65_HS1-834228961_62-HQ-83894_Serial_164
Agency: FBI
Page 87
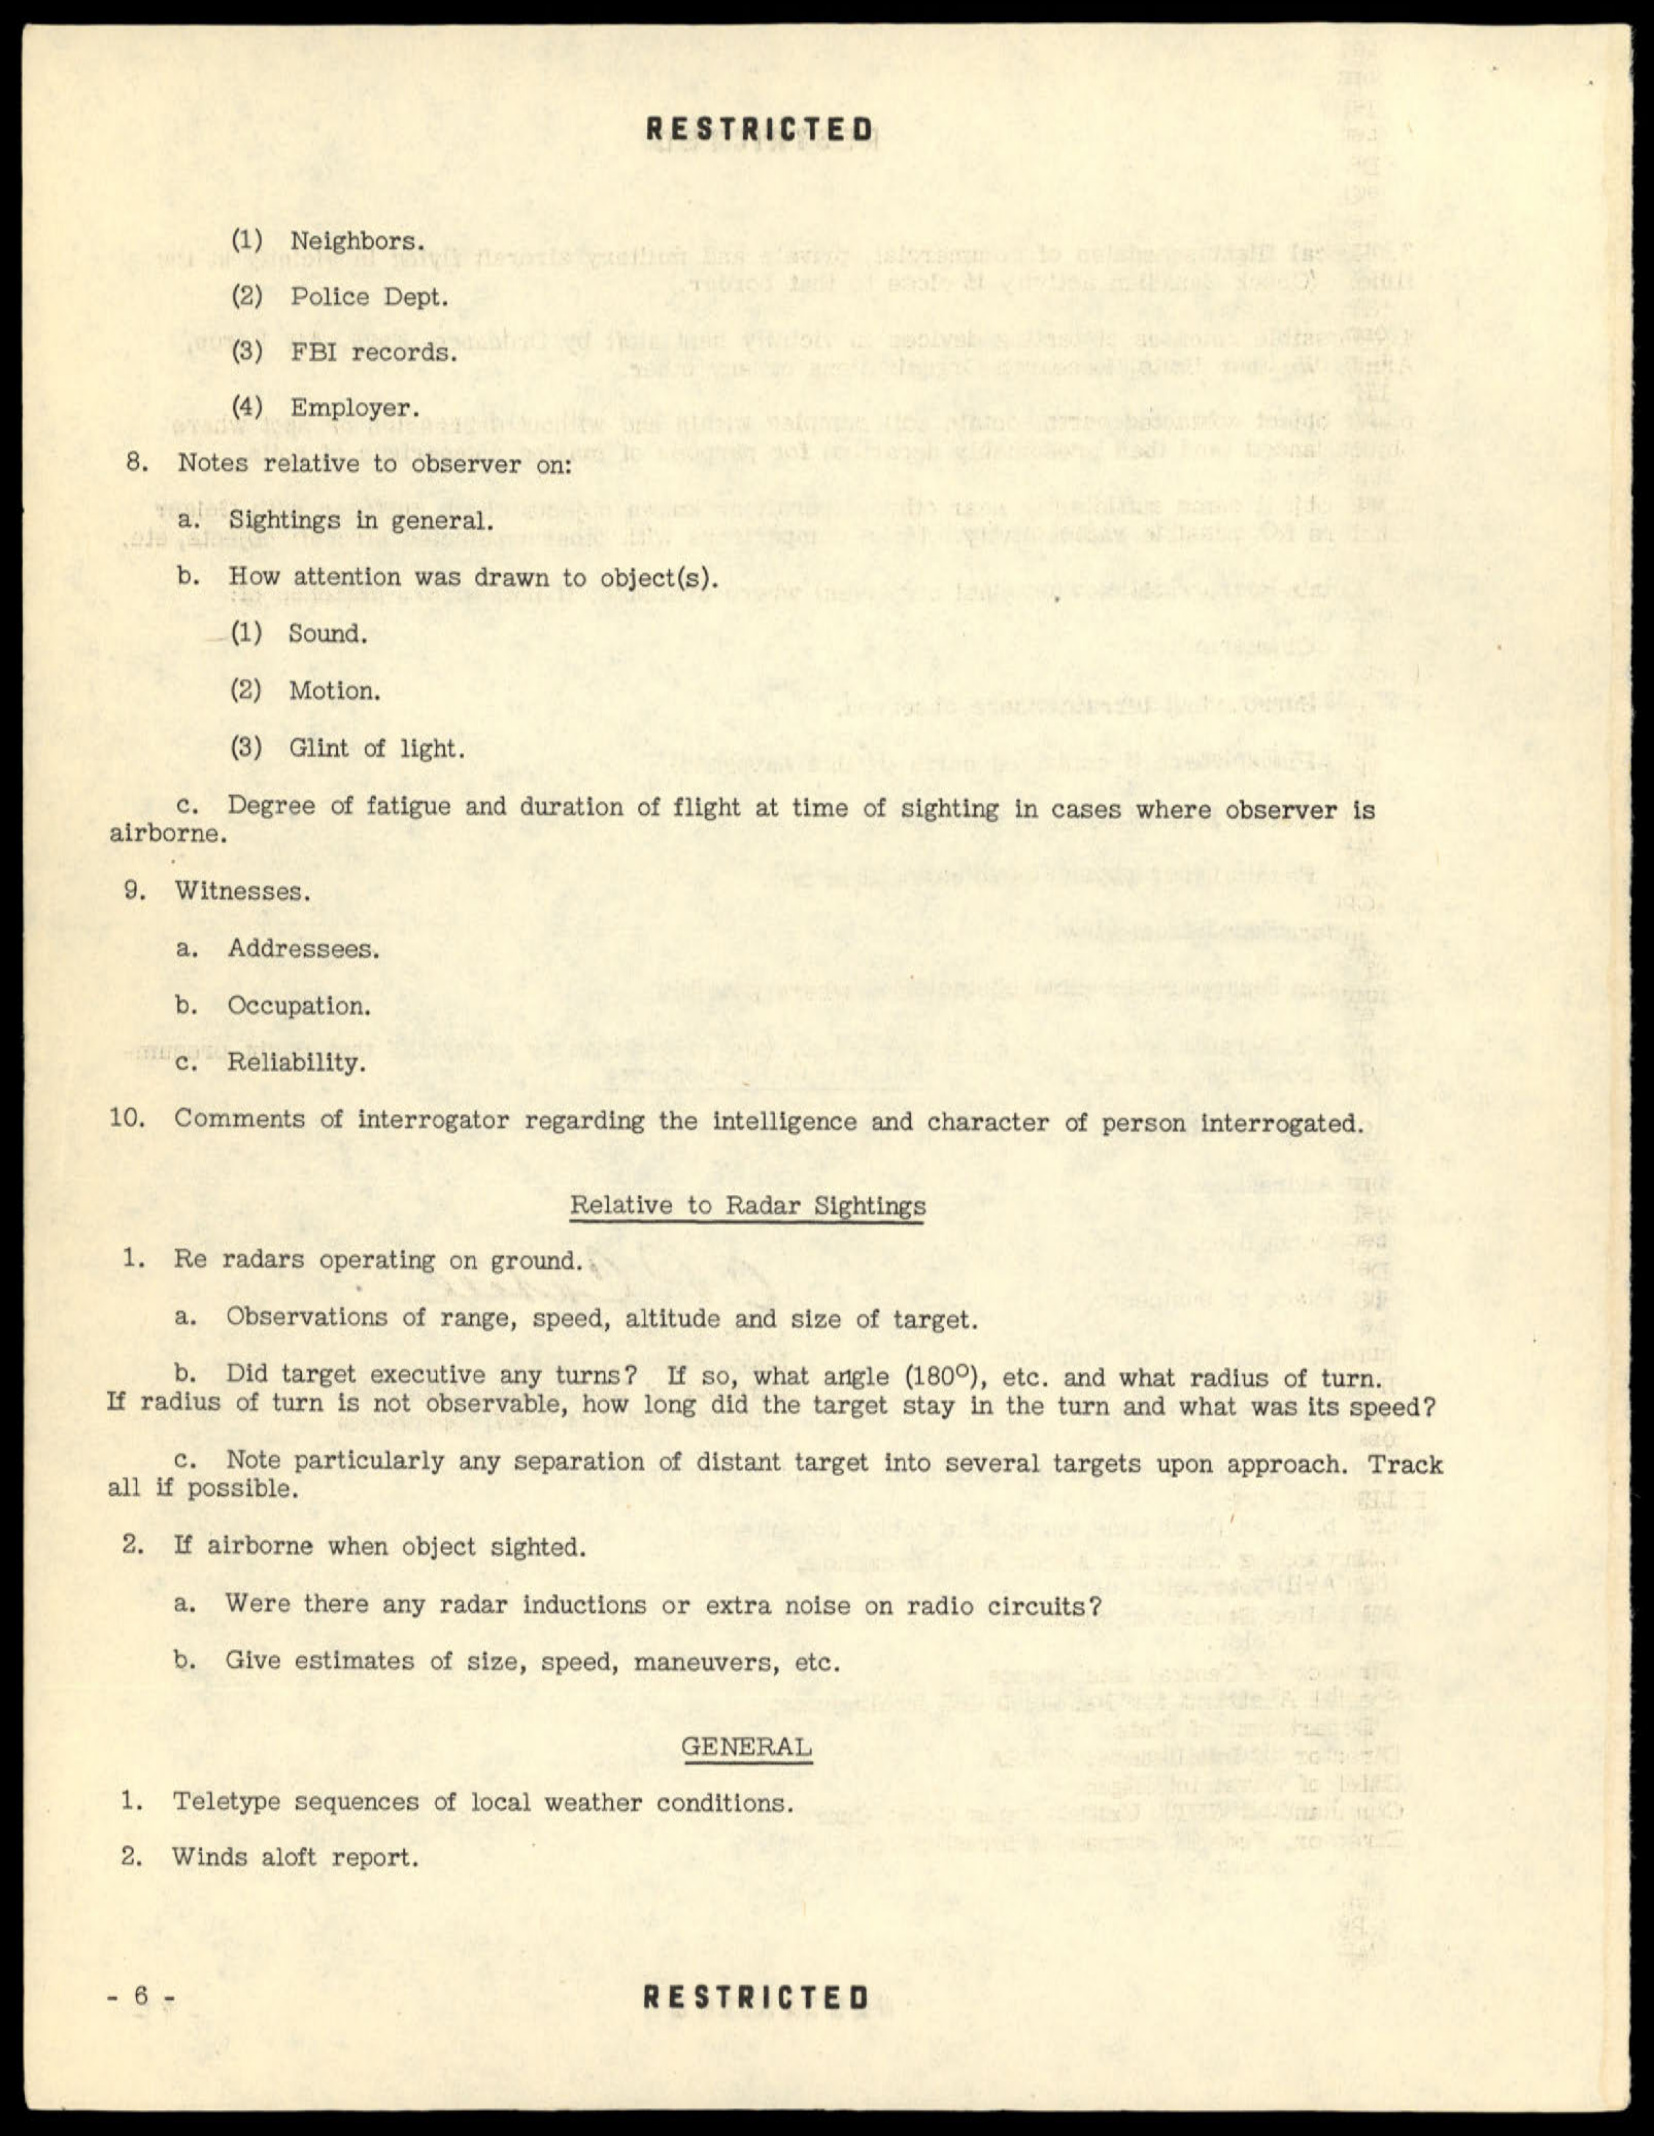